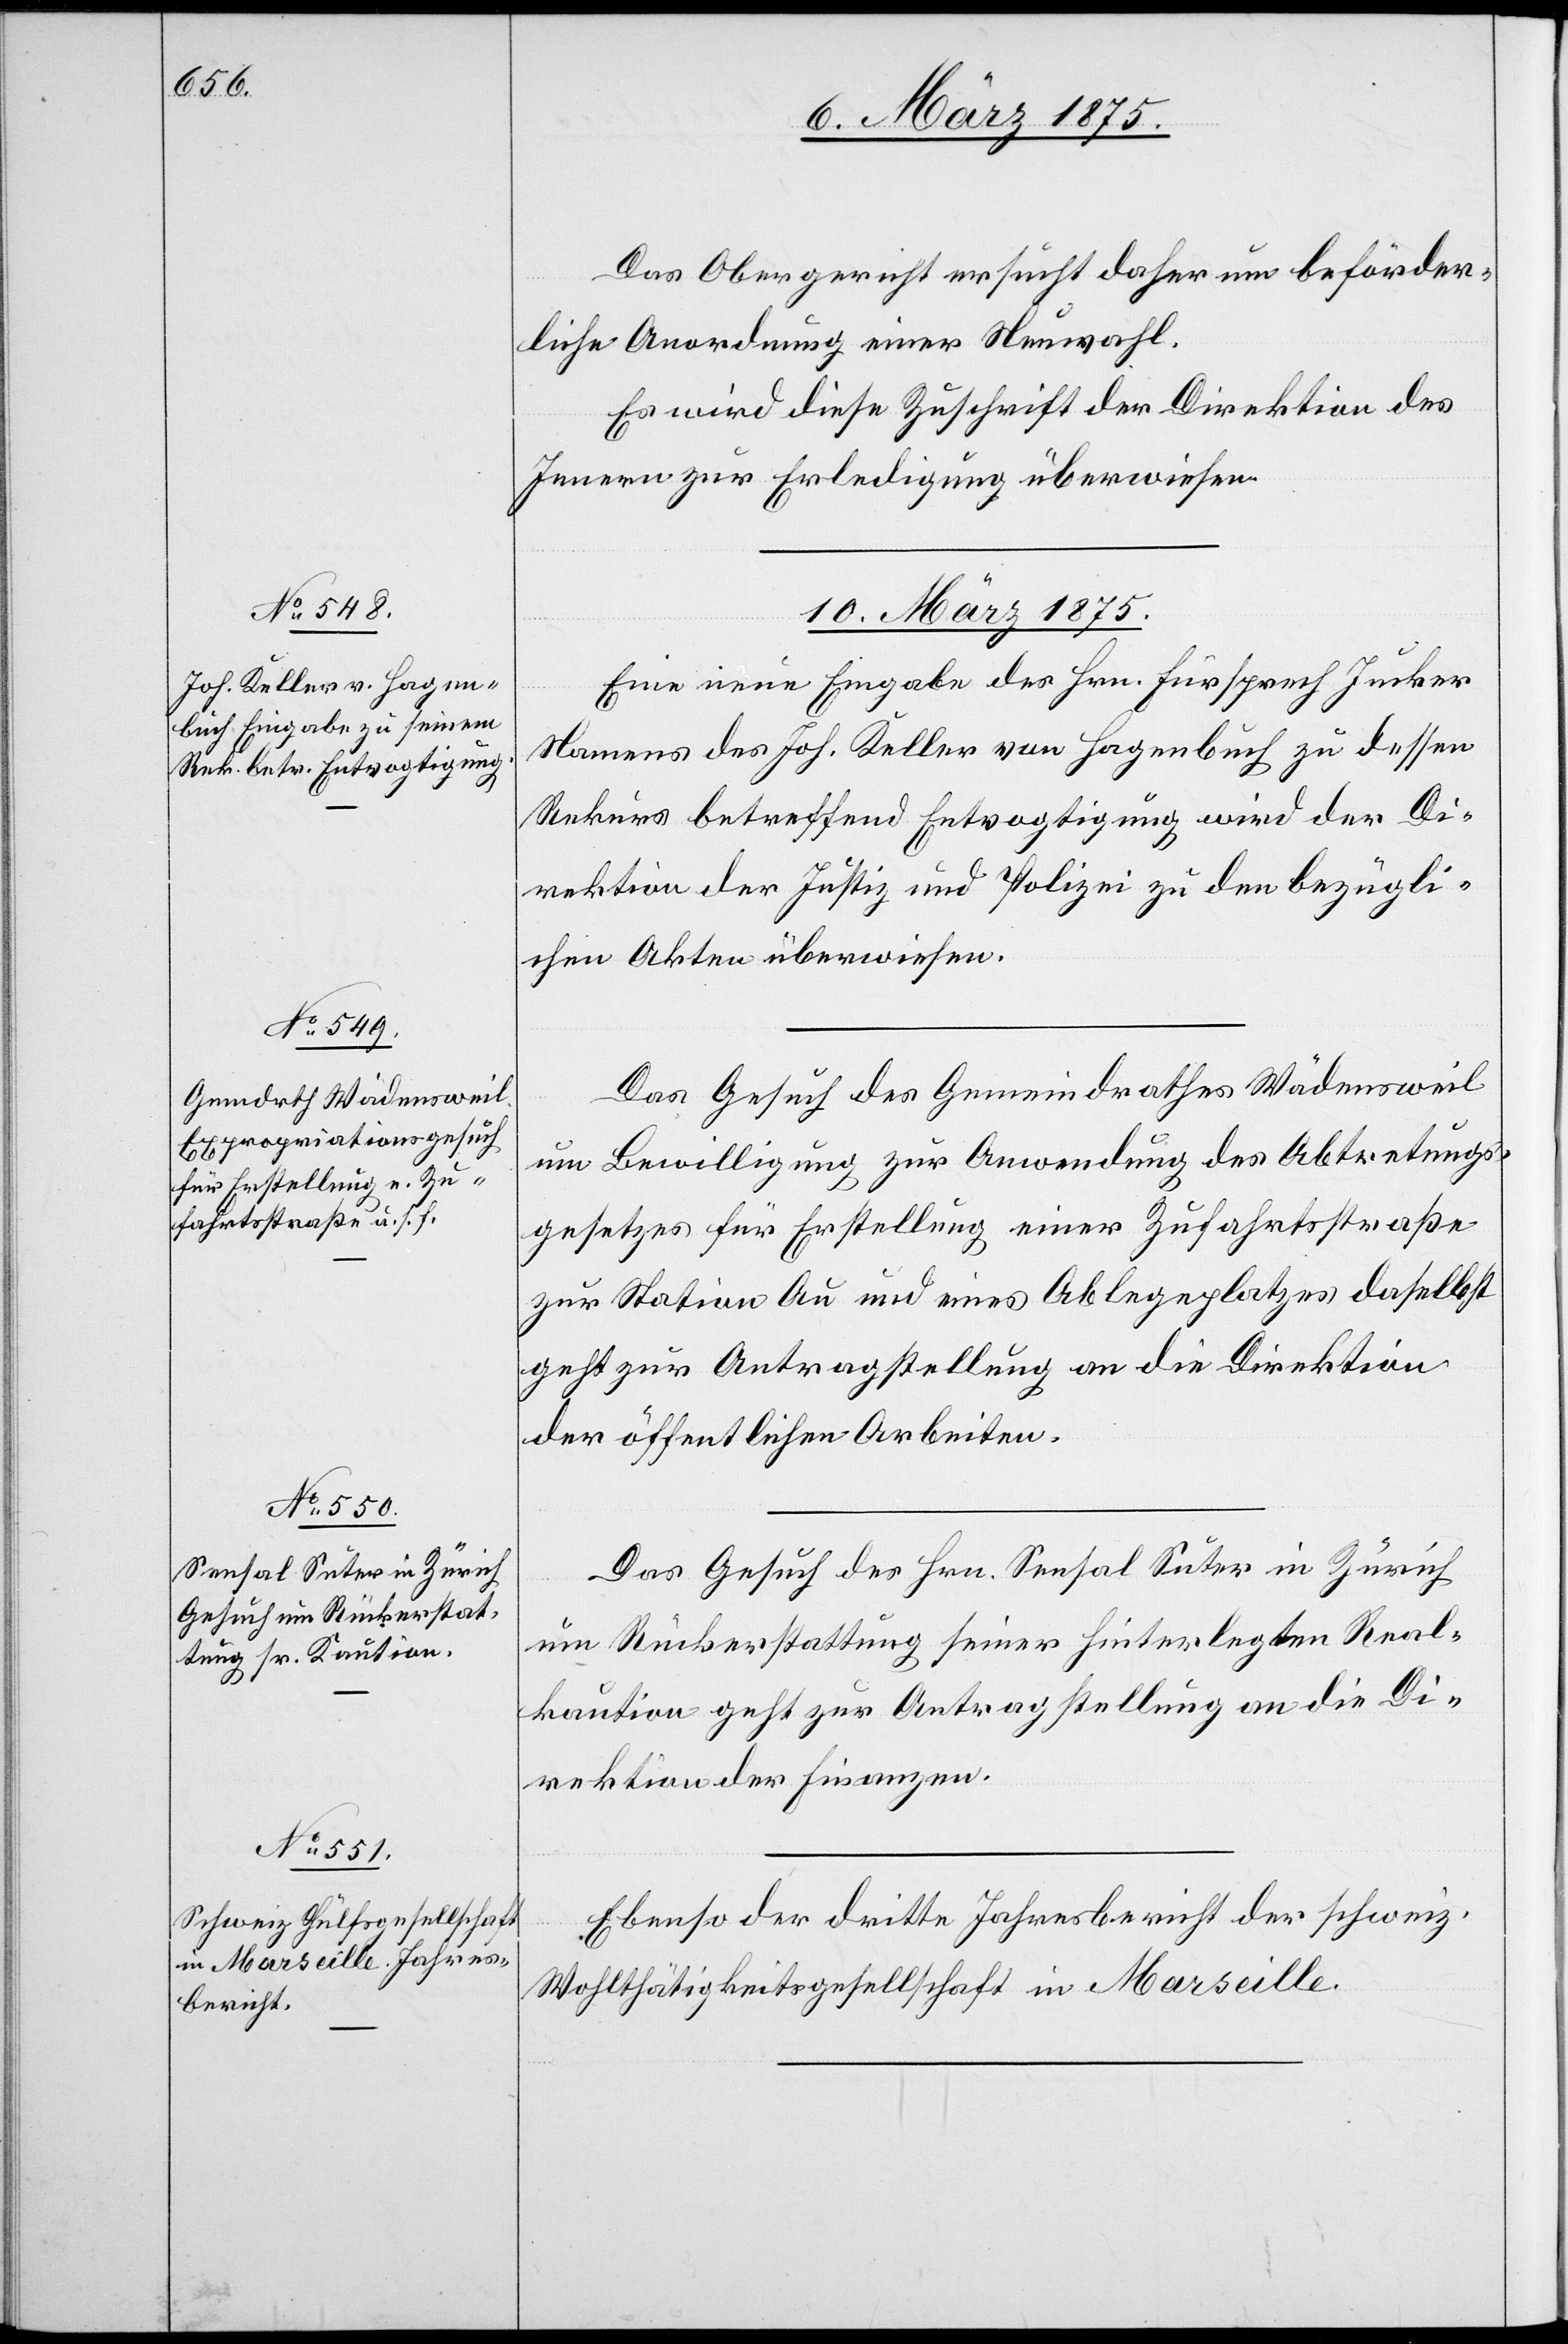
10. März 1875.]
Das Obergericht ersucht daher um beförder¬
liche Anordnung einer Neuwahl.
Es wird diese Zuschrift der Direktion des
Innern zur Erledigung überwiesen.
10. März 1875.]
Eine neue Eingabe des Hrn. Fürsprech Jucker
Namens des Jos. Keller von Hagenbuch zu dessen
Rekurs betreffend Entvogtigung wird der Di¬
rektion der Justiz und Polizei zu den bezügli¬
chen Akten überwiesen.
Das Gesuch des Gemeindrathes Wädensweil
um Bewilligung zur Anwendung des Abtretungs¬
gesetzes für Erstellung einer Zufahrtsstraße
zur Station Au und eines Ablegeplatzes daselbst
geht zur Antragstellung an die Direktion
der öffentlichen Arbeiten.
Das Gesuch des Hrn. Sensal Suter in Zürich
um Rückerstattung seiner hinterlegten Real¬
kaution geht zur Antragstellung an die Di¬
rektion der Finanzen.
Ebenso der dritte Jahresbericht der schweiz.
Wohlthätigkeitsgesellschaft in Marseille.